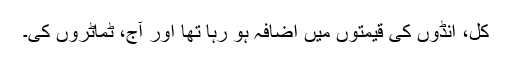
کل، انڈوں کی قیمتوں میں اضافہ ہو رہا تھا اور آج، ٹماٹروں کی۔